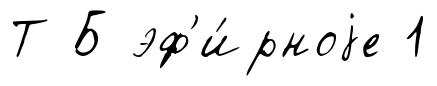
Т Б эф'и́рноjе 1